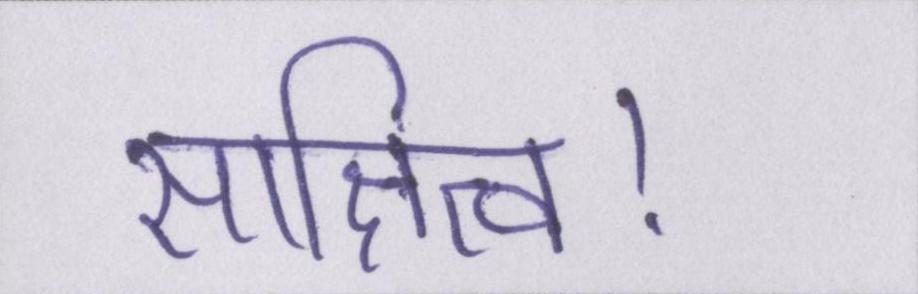
साक्षित्व।